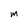
Character: m